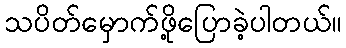
သပိတ်မှောက်ဖို့ပြောခဲ့ပါတယ်။